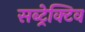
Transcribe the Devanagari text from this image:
सब्ट्रेक्टिव